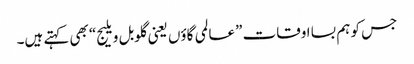
جس کو ہم بسا اوقات ”عالمی گاؤں یعنی گلوبل ویلیج“ بھی کہتے ہیں۔